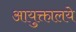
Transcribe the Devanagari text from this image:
आयुक्तालये